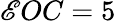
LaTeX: \mathscr{E}OC=5